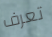
تعرف